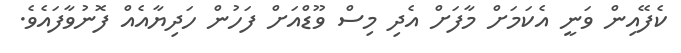
ކެފޭއިން ވަނީ އެކަމަށް މާފަށް އެދި މިސް ވޫޑްއަށް ފަހުން ހަދިޔާއެއް ފޮނުވާފައެވެ.